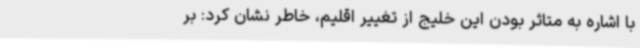
با اشاره به متاثر بودن این خلیج از تغییر اقلیم، خاطر نشان کرد: بر